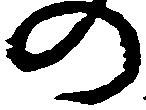
の